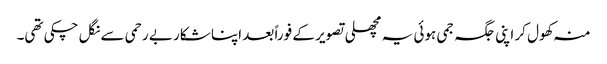
منہ کھول کر اپنی جگہ جمی ہوئی یہ مچھلی تصویر کے فوراً بعد اپنا شکار بے رحمی سے نگل چکی تھی۔